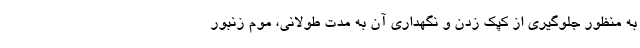
به منظور جلوگیری از کپک زدن و نگهداری آن به مدت طولانی، موم زنبور